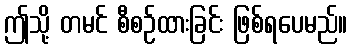
ဤသို့ တမင် စီစဉ်ထားခြင်း ဖြစ်ရပေမည်။